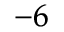
^ { - 6 }